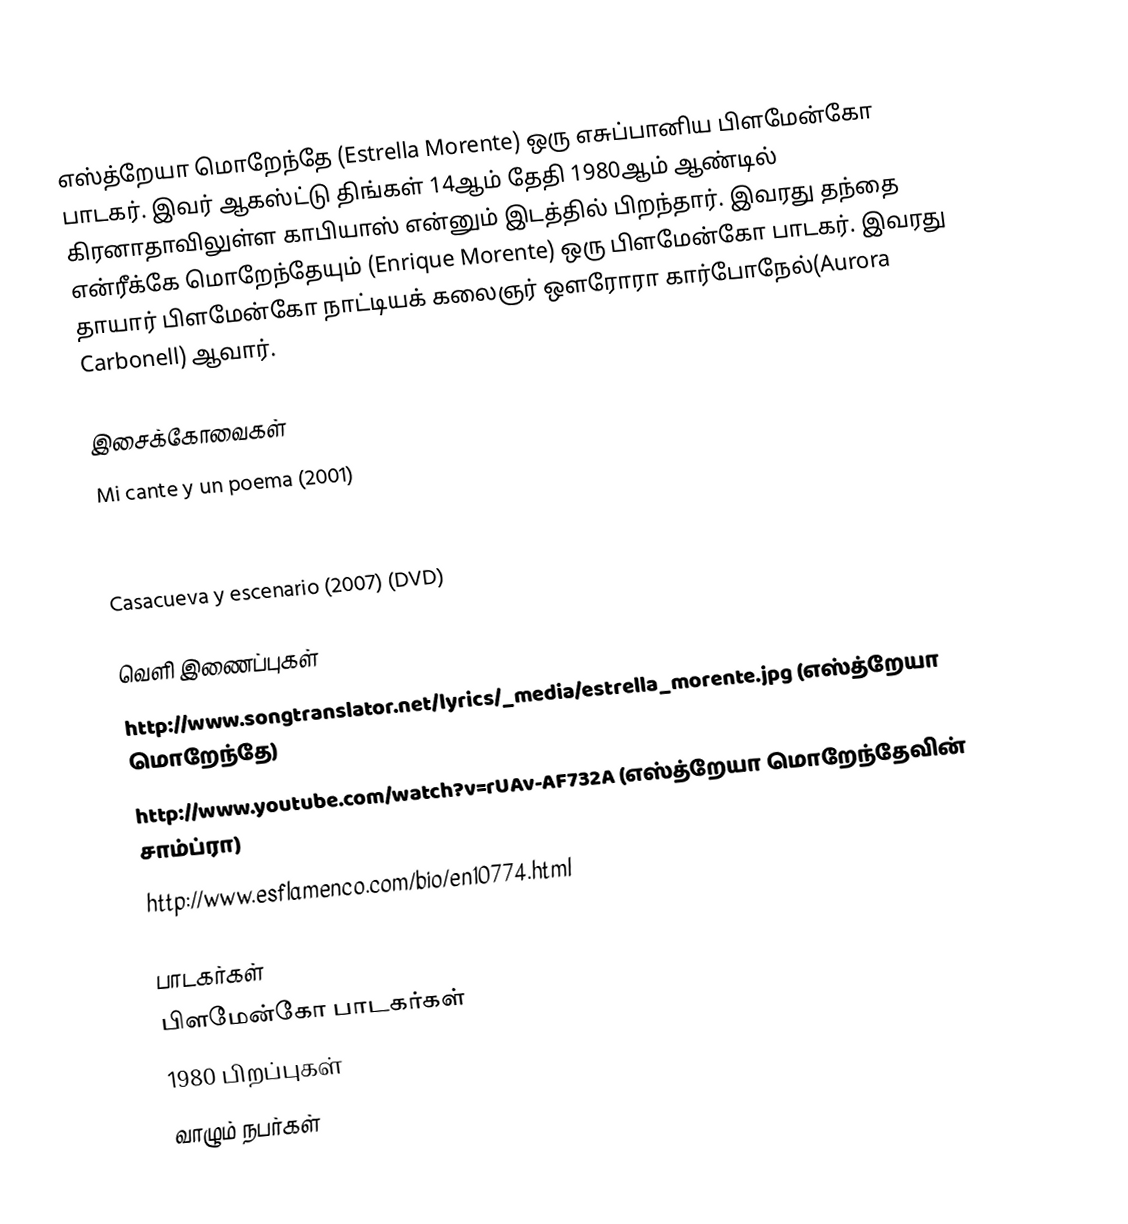
எஸ்த்றேயா மொறேந்தே (Estrella Morente) ஒரு எசுப்பானிய பிளமேன்கோ பாடகர். இவர் ஆகஸ்ட்டு திங்கள் 14ஆம் தேதி 1980ஆம் ஆண்டில் கிரனாதாவிலுள்ள காபியாஸ் என்னும் இடத்தில் பிறந்தார். இவரது தந்தை என்ரீக்கே மொறேந்தேயும் (Enrique Morente) ஒரு பிளமேன்கோ பாடகர். இவரது தாயார் பிளமேன்கோ நாட்டியக் கலைஞர் ஔரோரா கார்போநேல்(Aurora Carbonell) ஆவார்.

இசைக்கோவைகள்
 Mi cante y un poema (2001)
 Calle del Aire (2001)
 Mujeres (2006)
 Casacueva y escenario (2007) (DVD)

வெளி இணைப்புகள்
http://www.songtranslator.net/lyrics/_media/estrella_morente.jpg (எஸ்த்றேயா மொறேந்தே)
http://www.youtube.com/watch?v=rUAv-AF732A (எஸ்த்றேயா மொறேந்தேவின் சாம்ப்ரா)
http://www.esflamenco.com/bio/en10774.html

பாடகர்கள்
பிளமேன்கோ பாடகர்கள்
1980 பிறப்புகள்
வாழும் நபர்கள்